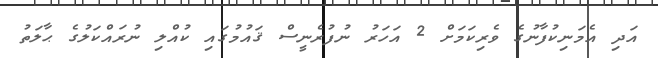
އަދި އެމަނިކުފާނުގެ ވެރިކަމަށް 2 އަހަރު ނުފުރެނީސް ޤައުމުގައި ކުއްލި ނުރައްކަލުގެ ޙާލަތު